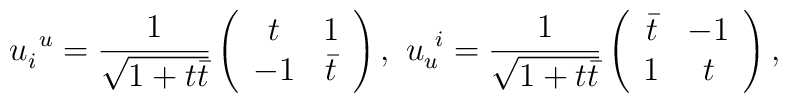
u_i^{\ u}=\frac{1}{\sqrt{1+t\bar{t}}}\left( \begin{array}{cc} t&1\\                                               -1 &\bar{t}\end{array} \right), \ u_u^{\ i}=\frac{1}{\sqrt{1+t\bar{t}}}\left( \begin{array}{cc} \bar{t} & -1\\                                                                    1  & t\end{array} \right),